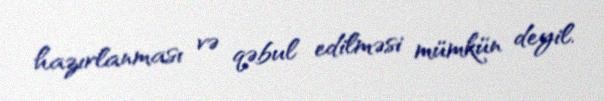
hazırlanması və qəbul edilməsi mümkün deyil.